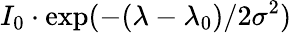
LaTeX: I_{0}\cdot\exp(-(\lambda-\lambda_{0})/2\sigma^{2})